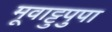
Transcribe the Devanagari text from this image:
मूवाट्टुपुपा